Annual report of the Punjab Veterinary College and of the Civil Veterinary Department, Punjab - 1926-1932
Year: 1926
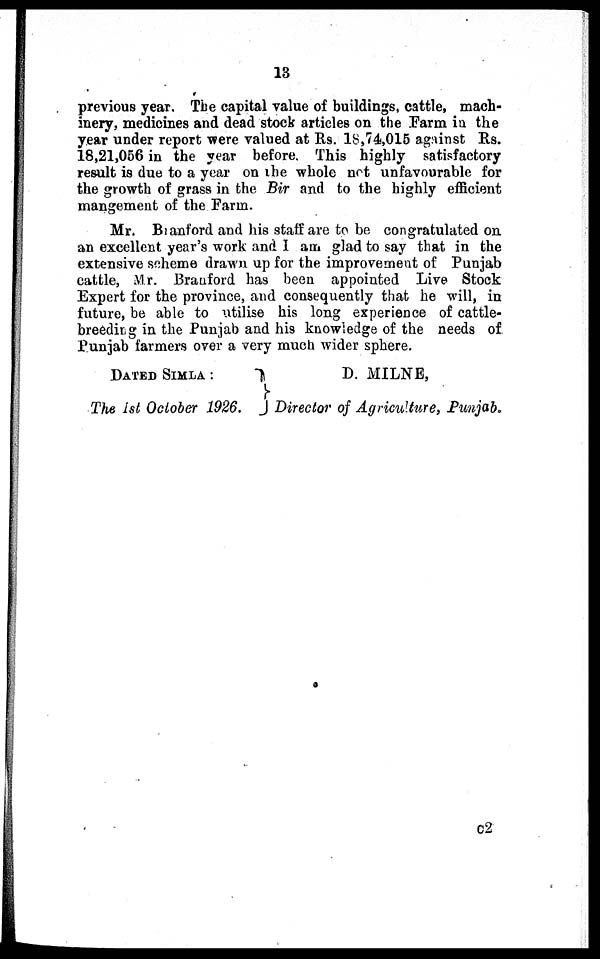
13
previous year. The capital value of buildings, cattle, mach-
inery, medicines and dead stock articles on the Farm in the
year under report were valued at Rs. 18,74,015 against Rs.
18,21,056 in the year before. This highly satisfactory
result is due to a year on the whole not unfavourable for
the growth of grass in the Bir and to the highly efficient
mangement of the Farm.
Mr. Branford and his staff are to be congratulated on
an excellent year's work and I am glad to say that in the
extensive scheme drawn up for the improvement of Punjab
cattle, Mr. Branford has been appointed Live Stock
Expert for the province, and consequently that he will, in
future, be able to utilise his long experience of cattle-
breeding in the Punjab and his knowledge of the needs of
Punjab farmers over a very much wider sphere.
DATED SIMLA :
The 1st October 1926.
D. MILNE,
Director of Agriculture, Punjab.